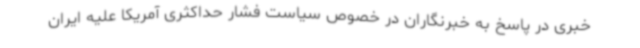
خبری در پاسخ به خبرنگاران در خصوص سیاست فشار حداکثری آمریکا علیه ایران